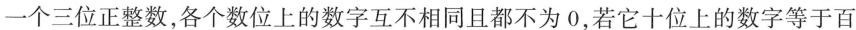
一个三位正整数，各个数位上的数字互不相同且都不为 0，若它十位上的数字等于百